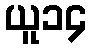
ယူ၁၄